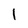
Character: 1